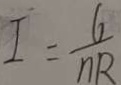
I = \frac { 6 } { n R }